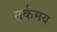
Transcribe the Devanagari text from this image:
तर्कमय